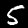
Digit: 5